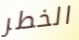
الخطر